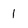
Character: 1